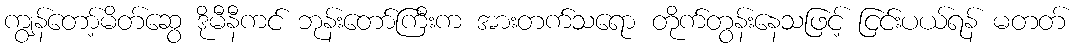
ကျွန်တော့်မိတ်ဆွေ ဒိုမီနီကင် ဘုန်းတော်ကြီးက အားတက်သရော တိုက်တွန်းနေသဖြင့် ငြင်းပယ်ရန် မတတ်